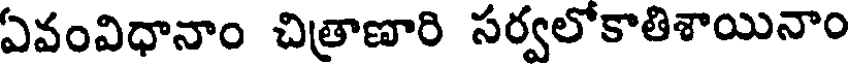
ఏవంవిధానాం చిత్రాణారి సర్వలోకాతిశాయినాం